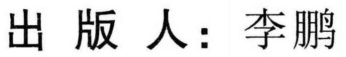
出版人：李鹏